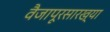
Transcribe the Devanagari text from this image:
वैजापूरसारख्या